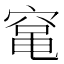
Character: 𮄅